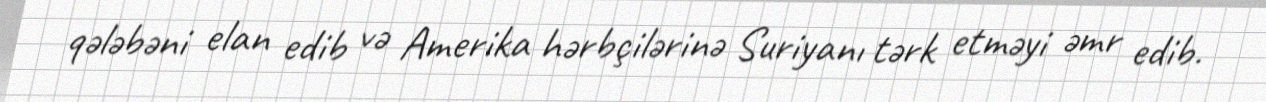
qələbəni elan edib və Amerika hərbçilərinə Suriyanı tərk etməyi əmr edib.